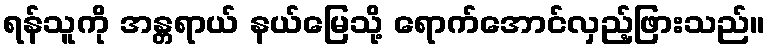
ရန်သူကို အန္တရာယ် နယ်မြေသို့ ရောက်အောင်လှည့်ဖြားသည်။